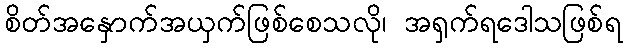
စိတ်အနှောက်အယှက်ဖြစ်စေသလို၊ အရှက်ရဒေါသဖြစ်ရ